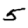
Digit: 5